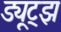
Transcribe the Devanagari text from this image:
ड्यूट्झ